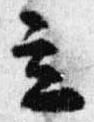
立